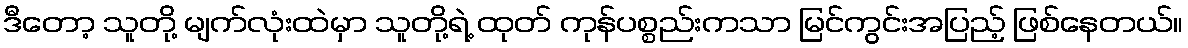
ဒီတော့ သူတို့ မျက်လုံးထဲမှာ သူတို့ရဲ့ ထုတ် ကုန်ပစ္စည်းကသာ မြင်ကွင်းအပြည့် ဖြစ်နေတယ်။